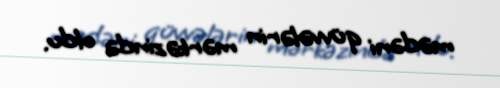
mədəni qüvvələrin mərkəzində oldu.